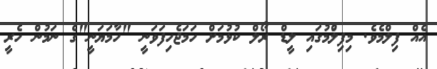
އެއް ފިލްމެވެ. މިފިލްުމުގައި ލީޑް ރޯލް ކުޅުމަށް ހަމަޖެހިފަވަނީ "ހާމަޔަނީ"ގެ ނަމުން ހެރީ